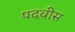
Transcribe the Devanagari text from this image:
पदवीस